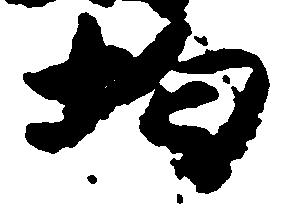
均